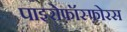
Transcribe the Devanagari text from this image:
पाइरोफ़ॉस्फ़ोरस